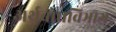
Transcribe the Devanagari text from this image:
अर्थबोधविभाग